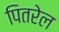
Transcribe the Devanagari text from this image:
पितरेल